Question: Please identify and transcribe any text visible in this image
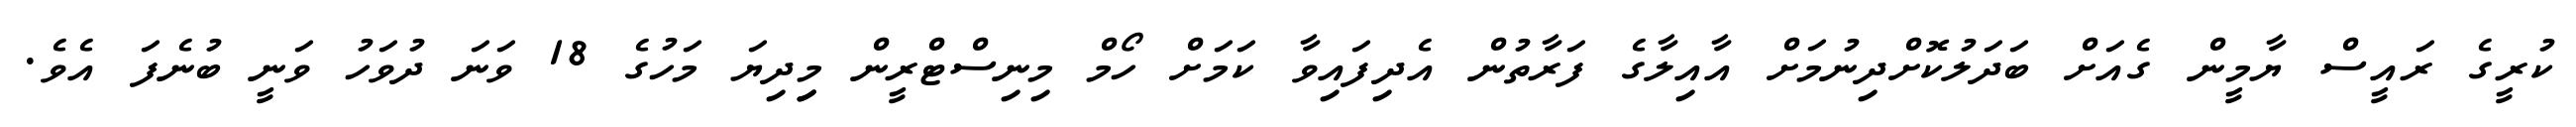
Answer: ކުރީގެ ރައީސް ޔާމީން ގެއަށް ބަދަލުކޮށްދިނުމަށް އާއިލާގެ ފަރާތުން އެދިފައިވާ ކަމަށް ހޯމް މިނިސްޓްރީން މިިދިޔަ މަހުގެ 18 ވަނަ ދުވަހު ވަނީ ބުނެފަ އެވެ.